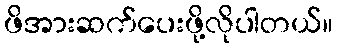
ဖိအားဆက်ပေးဖို့လိုပါတယ်။